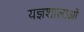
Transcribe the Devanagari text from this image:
यज्ञशालाओं